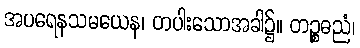
အပရေနသမယေန၊ တပါးသောအခါ၌။ တဉ္စဓညံ၊